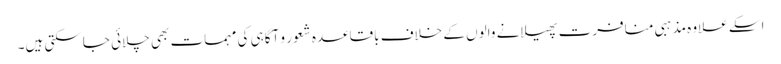
اسکے علاوہ مذہبی منافرت پھیلانے والوں کے خلاف باقاعدہ شعور و آگاہی کی مہمات بھی چلائی جاسکتی ہیں۔